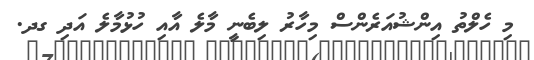
މި ހެލްތު އިންޝުއަރެންސް މިހާރު ލިބެނީ މާލެ އާއި ހުޅުމާލެ އަދި ގދ.